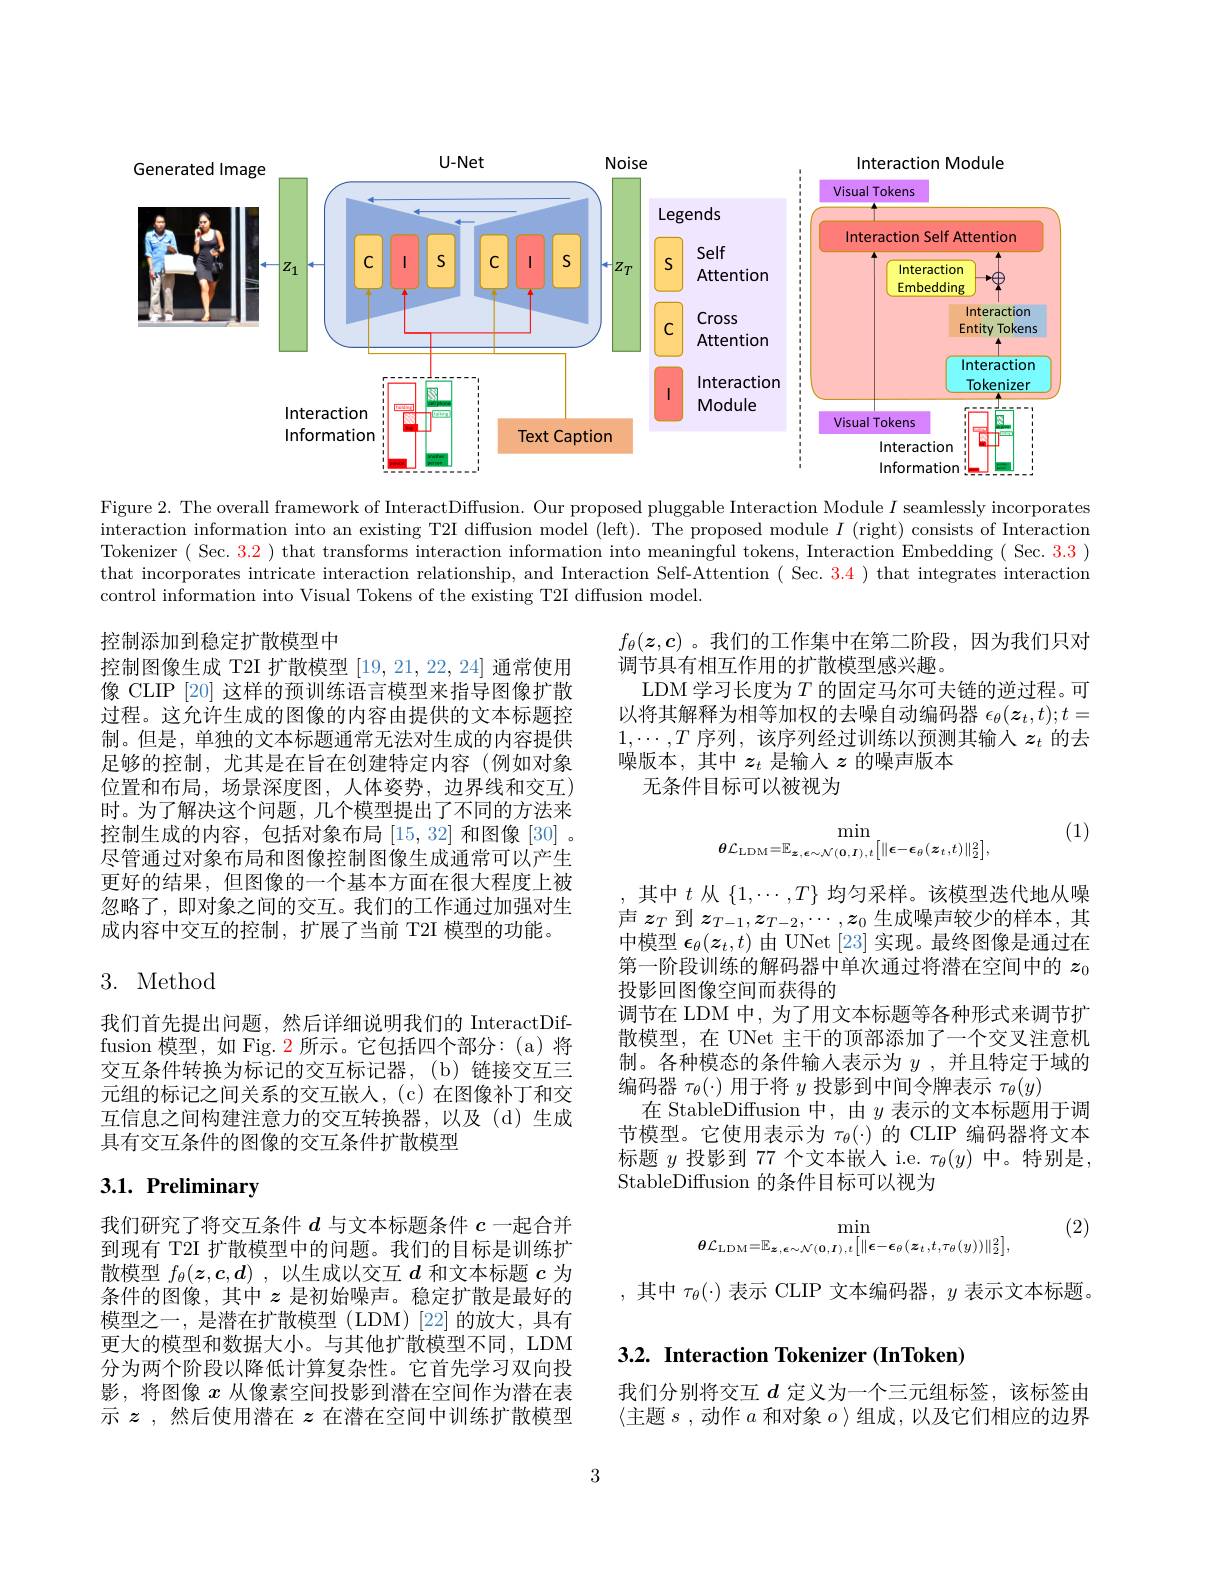
<FigureHere>

Figure 2. The overall framework of InteractDiffusion. Our proposed pluggable Interaction Module $I$ seamlessly incorporates interaction information into an existing T2I diffusion model (left). The proposed module $I$ (right) consists of Interaction Tokenizer ( Sec. 3.2 ) that transforms interaction information into meaningful tokens, Interaction Embedding ( Sec. 3.3 ) that incorporates intricate interaction relationship, and Interaction Self-Attention ( Sec. 34 ) that integrates interaction control information into Visual Tokens of the existing T2I diffusion model.
$$f_{\theta}(z,c)$$
调节具有相互作用的扩散模型感兴趣。
LDM 学习长度为$T$的固定马尔可夫链的逆过程。可以将其解释为相等加权的去噪自动编码器$\epsilon_\theta(\boldsymbol{z}_t,t);t=$ $1,\cdots,T$序列，该序列经过训练以预测其输入$z_t$的去噪版本，其中$z_t$是输入$z$的噪声版本
无条件目标可以被视为

控制添加到稳定扩散模型中
控制图像生成 T2I 扩散模型[19,21,22,24]通常使用像 CLIP [20] 这样的预训练语言模型来指导图像扩散过程。这允许生成的图像的内容由提供的文本标题控制。但是，单独的文本标题通常无法对生成的内容提供足够的控制，尤其是在旨在创建特定内容(例如对象位置和布局，场景深度图，人体姿势，边界线和交互) 时。为了解决这个问题，几个模型提出了不同的方法来控制生成的内容，包括对象布局[15,32]和图像 [30] 。尽管通过对象布局和图像控制图像生成通常可以产生更好的结果，但图像的一个基本方面在很大程度上被忽略了，即对象之间的交互。我们的工作通过加强对生成内容中交互的控制，扩展了当前 T2I 模型的功能。

(1)
$$\min_{\theta\mathcal{L}_{\mathrm{LDM}}=\mathbb{E}_{\boldsymbol{z},\boldsymbol{\epsilon}\sim\mathcal{N}(\boldsymbol{0},\boldsymbol{I}),t}\left[\|\boldsymbol{\epsilon}-\boldsymbol{\epsilon}_{\theta}(\boldsymbol{z}_{t},t)\|_{2}^{2}\right],}$$
# 3. Method

,其中$t$ 从$\{1,\cdots,T\}$均匀采样。该模型迭代地从噪声$z_T$到$z_{T-1},z_{T-2},\cdots,\boldsymbol{z}_0$生成噪声较少的样本，其中模型$\epsilon_\theta(z_t,t)$由 UNet [23] 实现。最终图像是通过在第一阶段训练的解码器中单次通过将潜在空间中的$z_0$ 投影回图像空间而获得的
调节在 LDM 中，为了用文本标题等各种形式来调节扩散模型，在 UNet 主干的顶部添加了一个交叉注意机制。各种模态的条件输人表示为$y$ ,并且特定于域的编码器$\tau_\theta(\cdot)$用于将$y$投影到中间令牌表示$\tau_\theta(y)$
在 StableDiffusion 中，由$y$表示的文本标题用于调节模型。它使用表示为$\tau_\theta(\cdot)$的 CLIP 编码器将文本标题$y$投影到 77 个文本嵌人 i.e. $\tau_\theta(y)$中。特别是， StableDiffusion 的条件目标可以视为

我们首先提出问题，然后详细说明我们的 InteractDiffusion 模型，如 Fig. 2 所示。它包括四个部分：(a)将交互条件转换为标记的交互标记器，(b)链接交互三元组的标记之间关系的交互嵌入，(c)在图像补丁和交互信息之间构建注意力的交互转换器，以及(d)生成具有交互条件的图像的交互条件扩散模型

# 3.1. Preliminary

(2)
$$\min_{\theta\mathcal{L}_{\mathrm{LDM}}=\mathbb{E}_{\boldsymbol{z},\boldsymbol{\epsilon}\sim\mathcal{N}(\boldsymbol{0},\boldsymbol{I}),t}\left[\|\boldsymbol{\epsilon}-\boldsymbol{\epsilon}_{\theta}(\boldsymbol{z}_{t},t,\tau_{\theta}(y))\|_{2}^{2}\right],}$$
,其中$\tau_\theta(\cdot)$表示 CLIP 文本编码器$,y$表示文本标题。

我们研究了将交互条件$d$与文本标题条件$c$一起合并到现有 T2I 扩散模型中的问题。我们的目标是训练扩散模型$f_\theta(z,c,\boldsymbol{d})$ ,以生成以交互$d$和文本标题$c$为条件的图像，其中$z$是初始噪声。稳定扩散是最好的模型之一，是潜在扩散模型(LDM)[22]的放大，具有更大的模型和数据大小。与其他扩散模型不同，LDM 分为两个阶段以降低计算复杂性。它首先学习双向投影，将图像$x$从像素空间投影到潜在空间作为潜在表示$z$ ,然后使用潜在$z$在潜在空间中训练扩散模型

## $3. 2. \textbf{ Interaction Tokenizer ( InToken) }$

我们分别将交互$d$ 定义为一个三元组标签，该标签由$\langle$主题$s$,动作$a$和对象$o\rangle$组成，以及它们相应的边界

3